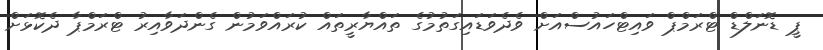
ޕީ ޑޮނަލްޑް ޓްރަމްޕް ވައިޓްހައުސްއަށް ވެދެވަޑައިގަތުމުގެ ތައްޔާރީތައް ކުރައްވަމުން ގެންދަވާއިރު ޓްރަމްޕާ ދެކޮޅަށް